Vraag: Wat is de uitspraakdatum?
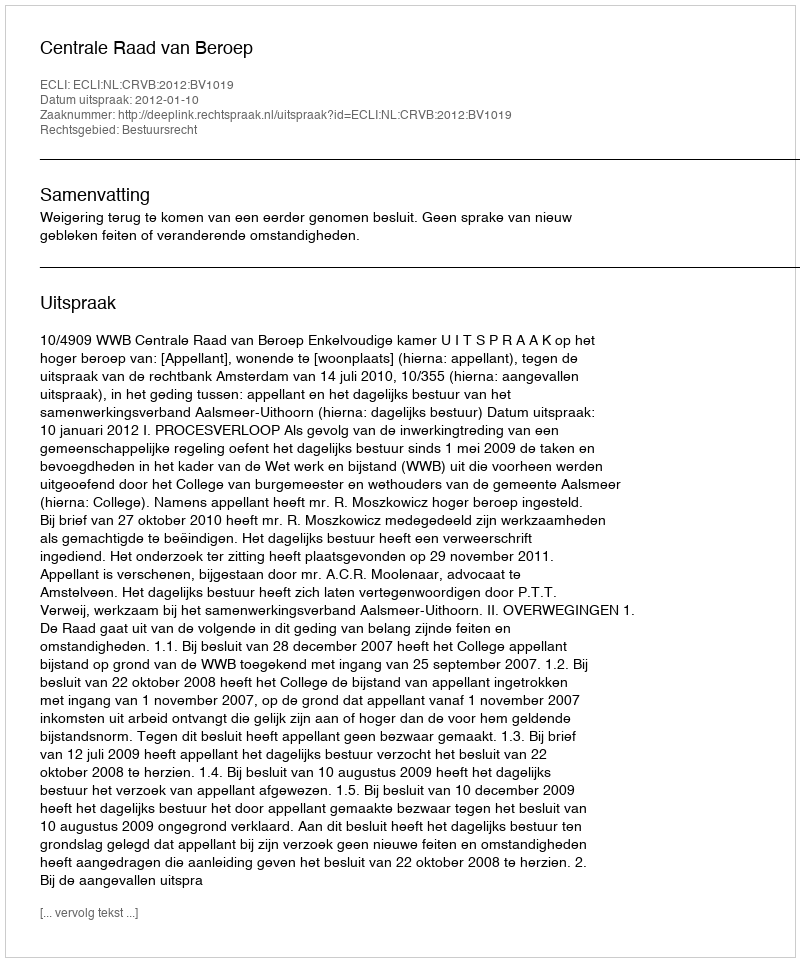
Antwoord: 2012-01-10